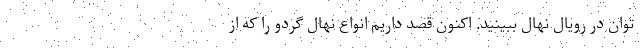
توان در رویال نهال ببینید. اکنون قصد داریم انواع نهال گردو را که از